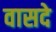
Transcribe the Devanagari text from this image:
वासदे